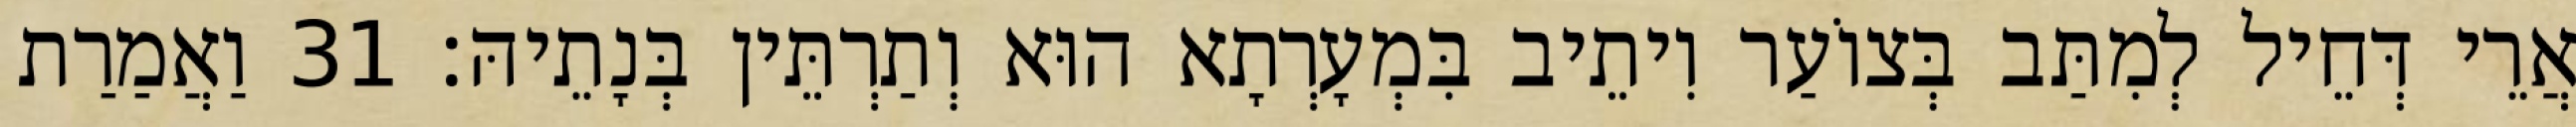
אֲרֵי דְּחֵיל לְמִתַּב בְּצוֹעַר וִיתֵיב בִּמְעָרְתָא הוּא וְתַרְתֵּין בְּנָתֵיהּ׃ 31 וַאֲמַרַת